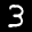
Label: 3